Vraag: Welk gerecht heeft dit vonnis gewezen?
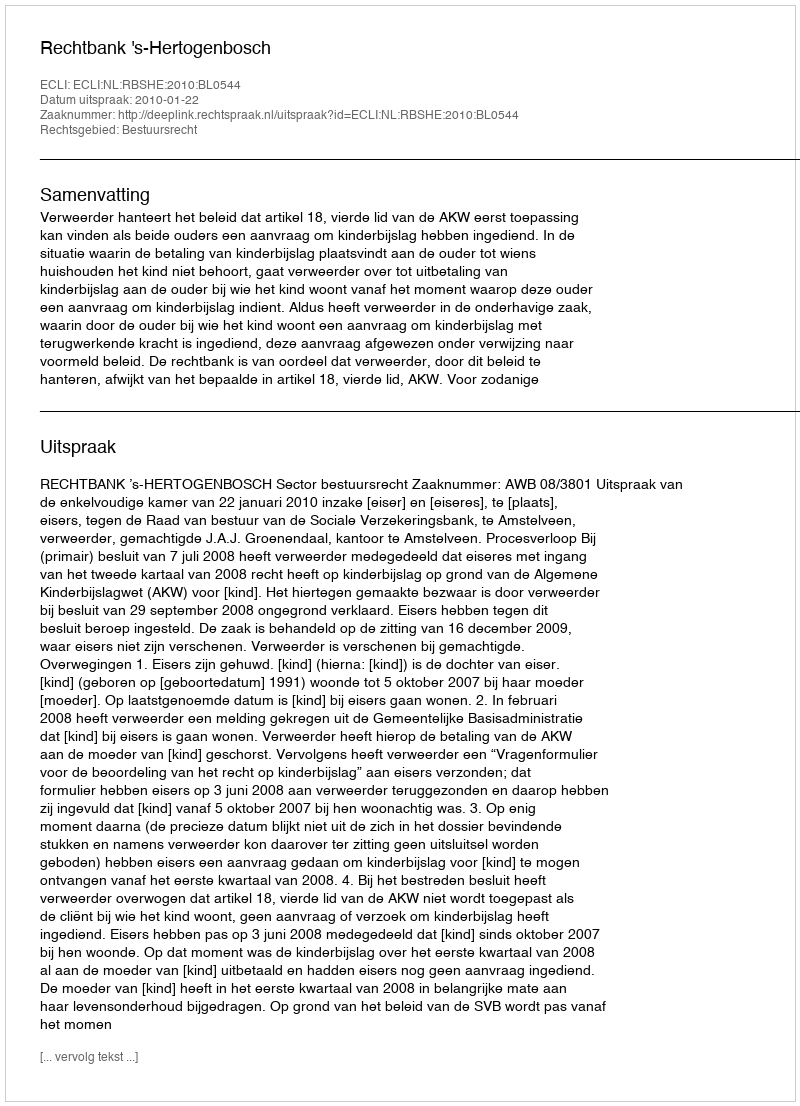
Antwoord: Rechtbank 's-Hertogenbosch